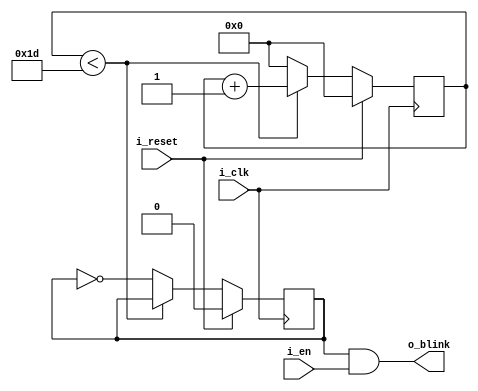
module LED_blinker(
    i_clk,
    i_en,
    i_reset,
    o_blink
);

    input i_clk;             // Input clock signal
    input i_en;              // Input enable signal
    input i_reset;           // Input reset signal

    output o_blink;          // Output blink signal

    reg [31:0] cnt;          // Register to count clock cycles
    reg hz_out;              // Register to control the blink frequency

    parameter CLK_IN = 300;  // Parameter for the input clock frequency in Hz
    parameter FREQ_OUT = 5;  // Parameter for the desired blink frequency in Hz
    localparam THRESHOLD = CLK_IN / (2 * FREQ_OUT);  // Local parameter for the blink threshold

    always @ (posedge i_clk) begin
        if (i_reset) begin
            cnt <= 0;            // Reset the count to 0
            hz_out <= 0;         // Reset the blink output to 0
        end else begin
            if (cnt < THRESHOLD - 1) begin
                cnt <= cnt + 1;   // Increment the count if below the threshold
            end else begin
                cnt <= 0;         // Reset the count to 0
                hz_out <= ~hz_out;  // Toggle the blink output
            end
        end
    end

    assign o_blink = hz_out & i_en;  // Assign the blink output as the logical AND between hz_out and i_en

endmodule

/*In this code, the LED_blinker module implements an LED blinker. Here's a breakdown of the code:

The module has four input signals: i_clk for the clock signal, i_en for the enable signal, i_reset for the reset signal, and an output signal o_blink for the blink output.
cnt is a 32-bit register used to count the clock cycles.
hz_out is a register that controls the blink frequency.
CLK_IN is a parameter representing the input clock frequency in Hz.
FREQ_OUT is a parameter representing the desired blink frequency in Hz.
THRESHOLD is a local parameter calculated as CLK_IN / (2 * FREQ_OUT) and represents the threshold value for the count to determine the blink frequency.
The always @ (posedge i_clk) block triggers on the positive edge of the clock signal.
Inside the always block, the code checks if i_reset is asserted. If it is, cnt and hz_out are both reset to 0.
If i_reset is not asserted, the code checks if cnt is less than THRESHOLD - 1. If it is, cnt is incremented by 1.
When cnt reaches the threshold, it is reset to 0, and hz_out is toggled by negating its value using ~hz_out.
The assign statement assigns o_blink as the logical AND between hz_out and i_en. This ensures that the LED blinks only when both hz_out and i_en are high.*/